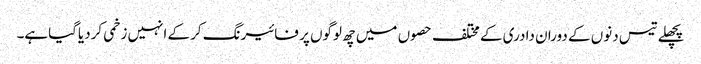
پچھلے تیس دنوں کے دوران دادری کے مختلف حصوں میں چھ لوگوں پر فائیرنگ کرکے انہیں زخمی کردیاگیاہے۔